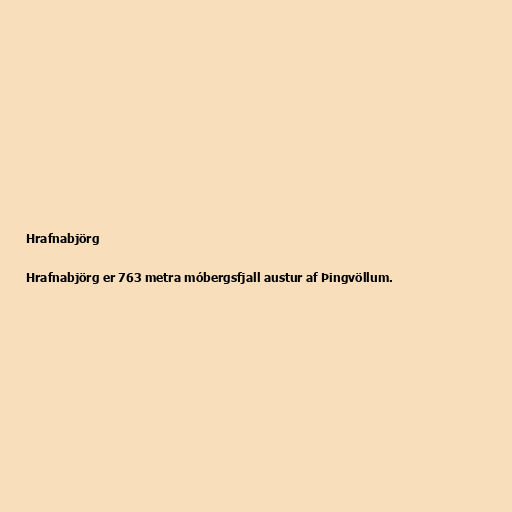
Hrafnabjörg

Hrafnabjörg er 763 metra móbergsfjall austur af Þingvöllum.